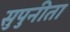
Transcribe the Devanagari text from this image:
सुपुनीता